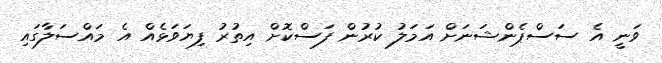
ވަނީ އެ ސަސްޕެންޝަނަށް އަމަލު ކުރުން ފަސްކޮށް އިތުރު ފިޔަވަޅެއް އެ މައްސަލާގައި